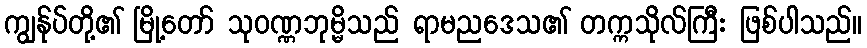
ကျွန်ုပ်တို့၏ မြို့တော် သုဝဏ္ဏဘုမ္မိသည် ရာမညဒေသ၏ တက္ကသိုလ်ကြီး ဖြစ်ပါသည်။